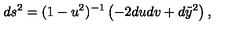
d s ^ { 2 } = ( 1 - u ^ { 2 } ) ^ { - 1 } \left( - 2 d u d v + d \tilde { y } ^ { 2 } \right) ,